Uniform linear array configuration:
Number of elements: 8
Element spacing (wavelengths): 0.5
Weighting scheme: uniform
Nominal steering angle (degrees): -45
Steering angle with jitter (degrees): -44.496
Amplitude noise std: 0.05
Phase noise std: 0.05

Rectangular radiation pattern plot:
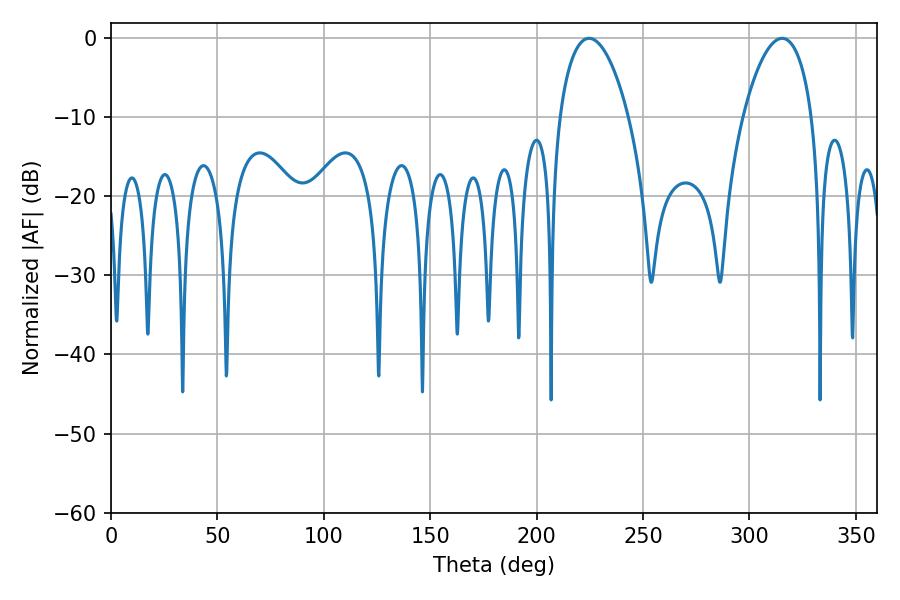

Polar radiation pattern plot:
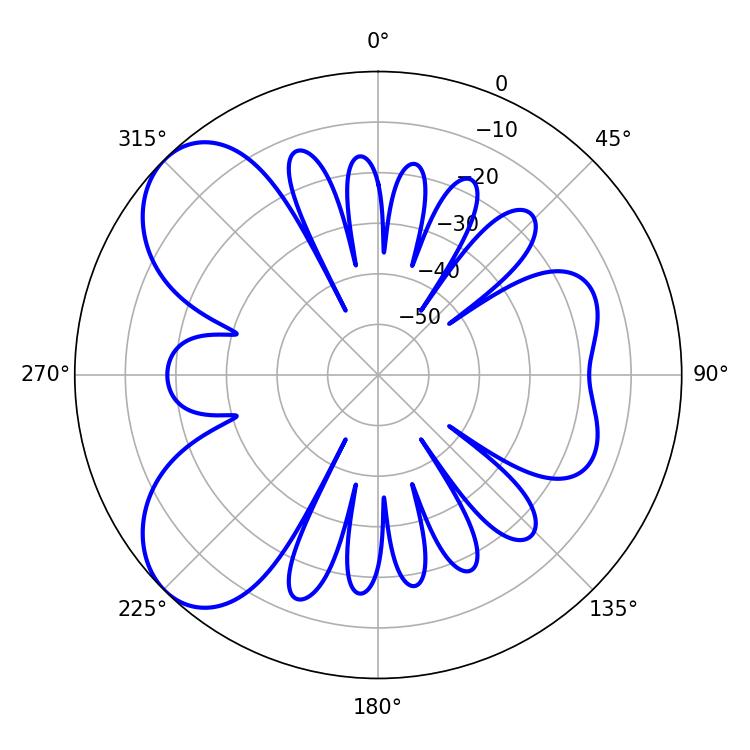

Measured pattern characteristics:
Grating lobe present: FALSE
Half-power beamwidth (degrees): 18.18
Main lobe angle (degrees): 224.64